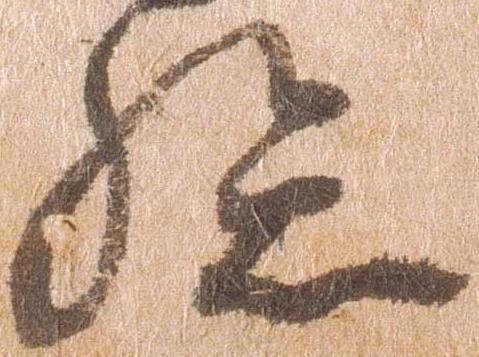
孫